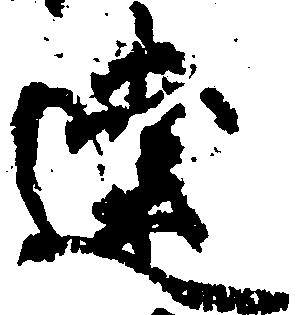
達